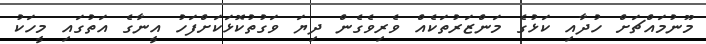
މޫނުމައްޗަށް ހުދާއި ކަޅުގެ މަންޒަރުތަކެއް ވެރިވެގެން ދިޔަ ވަގުތުކޮޅަކަށްފަހު އީނާގެ އަތުގައި މީހަކު